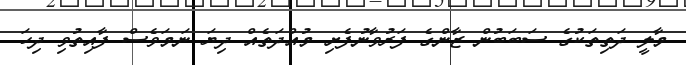
މާލީ ދަތިތަކުގެ ސަބަބުން ޒާންގެ ފަރުވާނުފެށި މުއްދަތެއް ދިޔަ ނަމަވެސް ފާއިތުވި ދިހަ